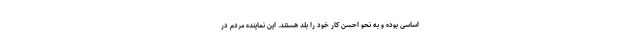
اساسی بوده و به نحو احسن کار خود را بلد هستند. این نماینده مردم در